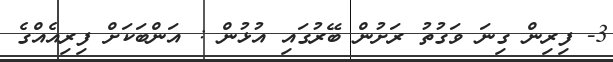
3- ފިރިން ގިނަ ވަގުތު ރަށުން ބޭރުގައި އުޅުން : އަންބަކަށް ފިރިއެއްގެ